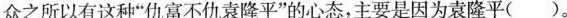
众之所以有这种”仇富不仇袁隆平”的心态，主要是因为袁隆平( )。